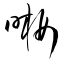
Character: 晰